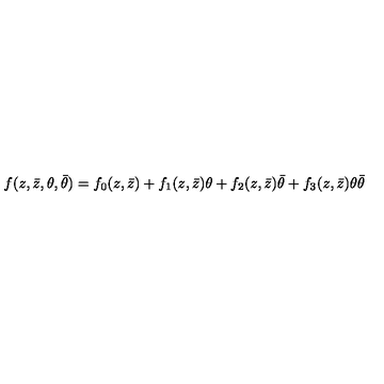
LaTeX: f ( z , \bar { z } , \theta , \bar { \theta } ) = f _ { 0 } ( z , \bar { z } ) + f _ { 1 } ( z , \bar { z } ) \theta + f _ { 2 } ( z , \bar { z } ) \bar { \theta } + f _ { 3 } ( z , \bar { z } ) \theta \bar { \theta }